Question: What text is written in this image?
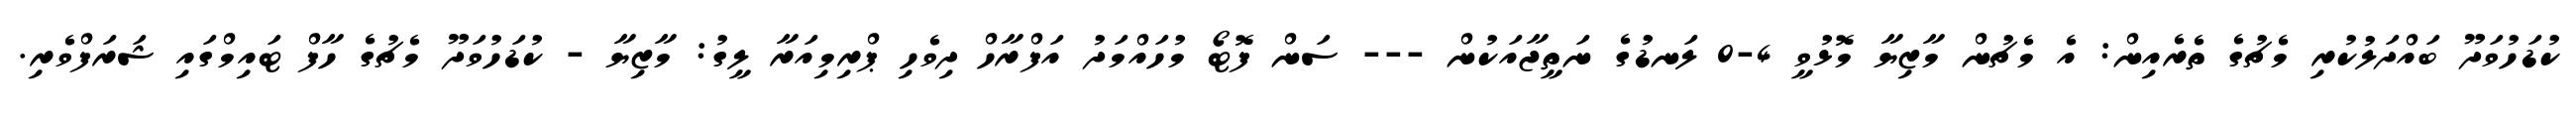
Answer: ކުޑަހުވަދޫ ބައްދަލުކުރި މެޗުގެ ތެރެއިން: އެ މެޗުން މާޒިޔާ މޮޅުވީ 4-0 ލަނޑުގެ ނަތީޖާއަކުން --- ސަން ފޮޓޯ މުހައްމަދު އަފްރާހް ދިވެހި ޕްރިމިއަރާ ލީގު: މާޒިޔާ - ކުޑަހުވަދޫ މެޗުގެ ހާފް ޓައިމްގައި ޝަރަފްވެރި.